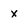
Character: x